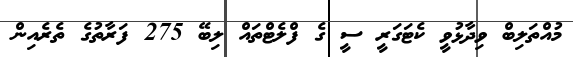
މުއްތަލިބް ވިދާޅުވީ ކެޓަގަރީ ސީ ގެ ފްލެޓްތައް ލިބޭ 275 ފަރާތުގެ ތެރެއިން